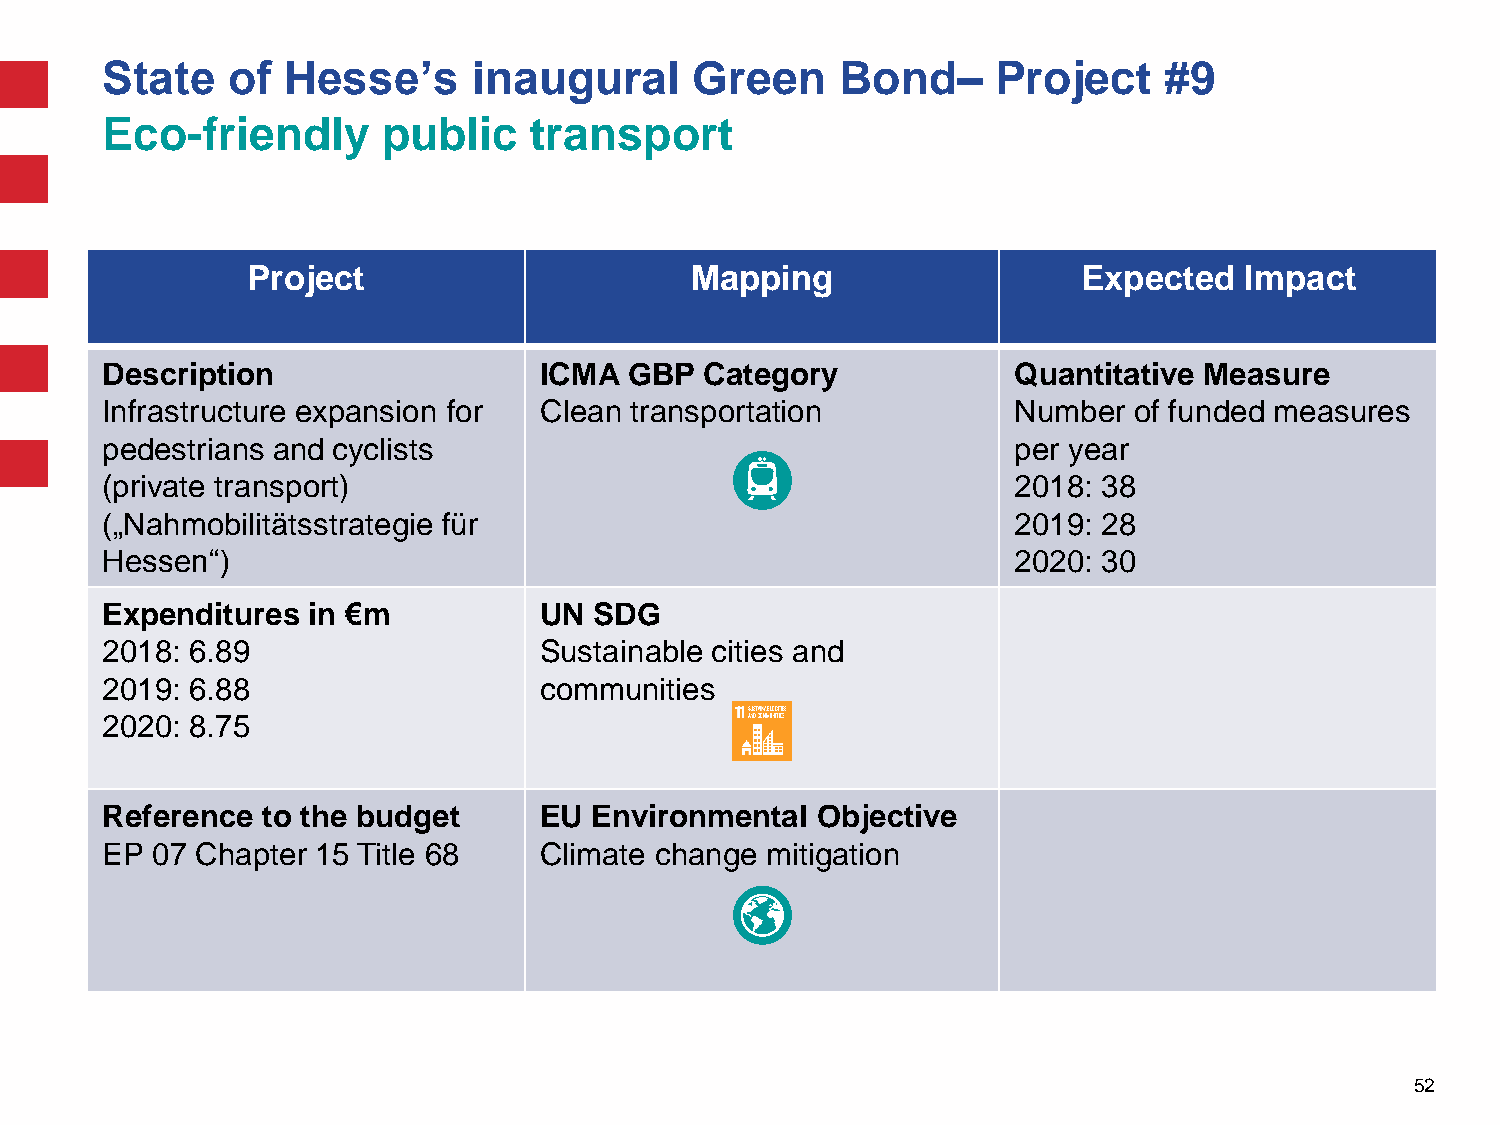
State   of  Hesse’s     inaugural      Green     Bond–     Project    #9
 Eco-friendly      public    transport
 Project                       Mapping                   Expected  Impact
 Description                  ICMA  GBP  Category            Quantitative Measure
 Infrastructure expansion for Clean transportation           Number  of funded measures
 pedestrians and cyclists                                    per year
 (private transport)                                         2018: 38
 („Nahmobilitätsstrategie für                                2019: 28
 Hessen“)                                                    2020: 30
 Expenditures in €m           UN SDG
 2018: 6.89                   Sustainable cities and
 2019: 6.88                   communities
 2020: 8.75
 Reference to the budget      EU Environmental  Objective
 EP 07 Chapter 15 Title 68    Climate change mitigation
 52